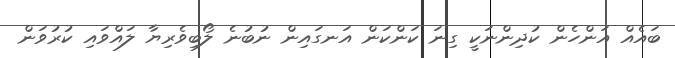
ބައެއް އަންހެން ކުދިންނަކީ ގިނަ ކަންކަން އަނގައިން ނުބުނެ ލޯބިވެރިޔާ ލައްވައި ކުރުވަން